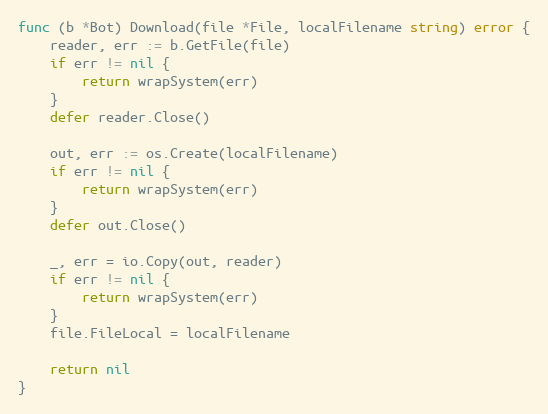
Language: Go
func (b *Bot) Download(file *File, localFilename string) error {
	reader, err := b.GetFile(file)
	if err != nil {
		return wrapSystem(err)
	}
	defer reader.Close()

	out, err := os.Create(localFilename)
	if err != nil {
		return wrapSystem(err)
	}
	defer out.Close()

	_, err = io.Copy(out, reader)
	if err != nil {
		return wrapSystem(err)
	}
	file.FileLocal = localFilename

	return nil
}